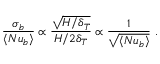
\frac { \sigma _ { b } } { \langle N u _ { b } \rangle } \propto \frac { \sqrt { H / \delta _ { T } } } { H / 2 \delta _ { T } } \propto \frac { 1 } { \sqrt { \langle N u _ { b } \rangle } } ~ .